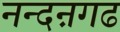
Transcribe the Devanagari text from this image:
नन्दऩगढ